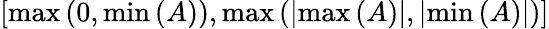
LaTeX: \left[\operatorname*{max}\left(0,\operatorname*{min}\left(A\right)\right),\operatorname*{max}\left(\left|\operatorname*{max}\left(A\right)\right|,\left|\operatorname*{min}\left(A\right)\right|\right)\right]